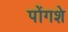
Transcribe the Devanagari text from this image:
पोंगशे